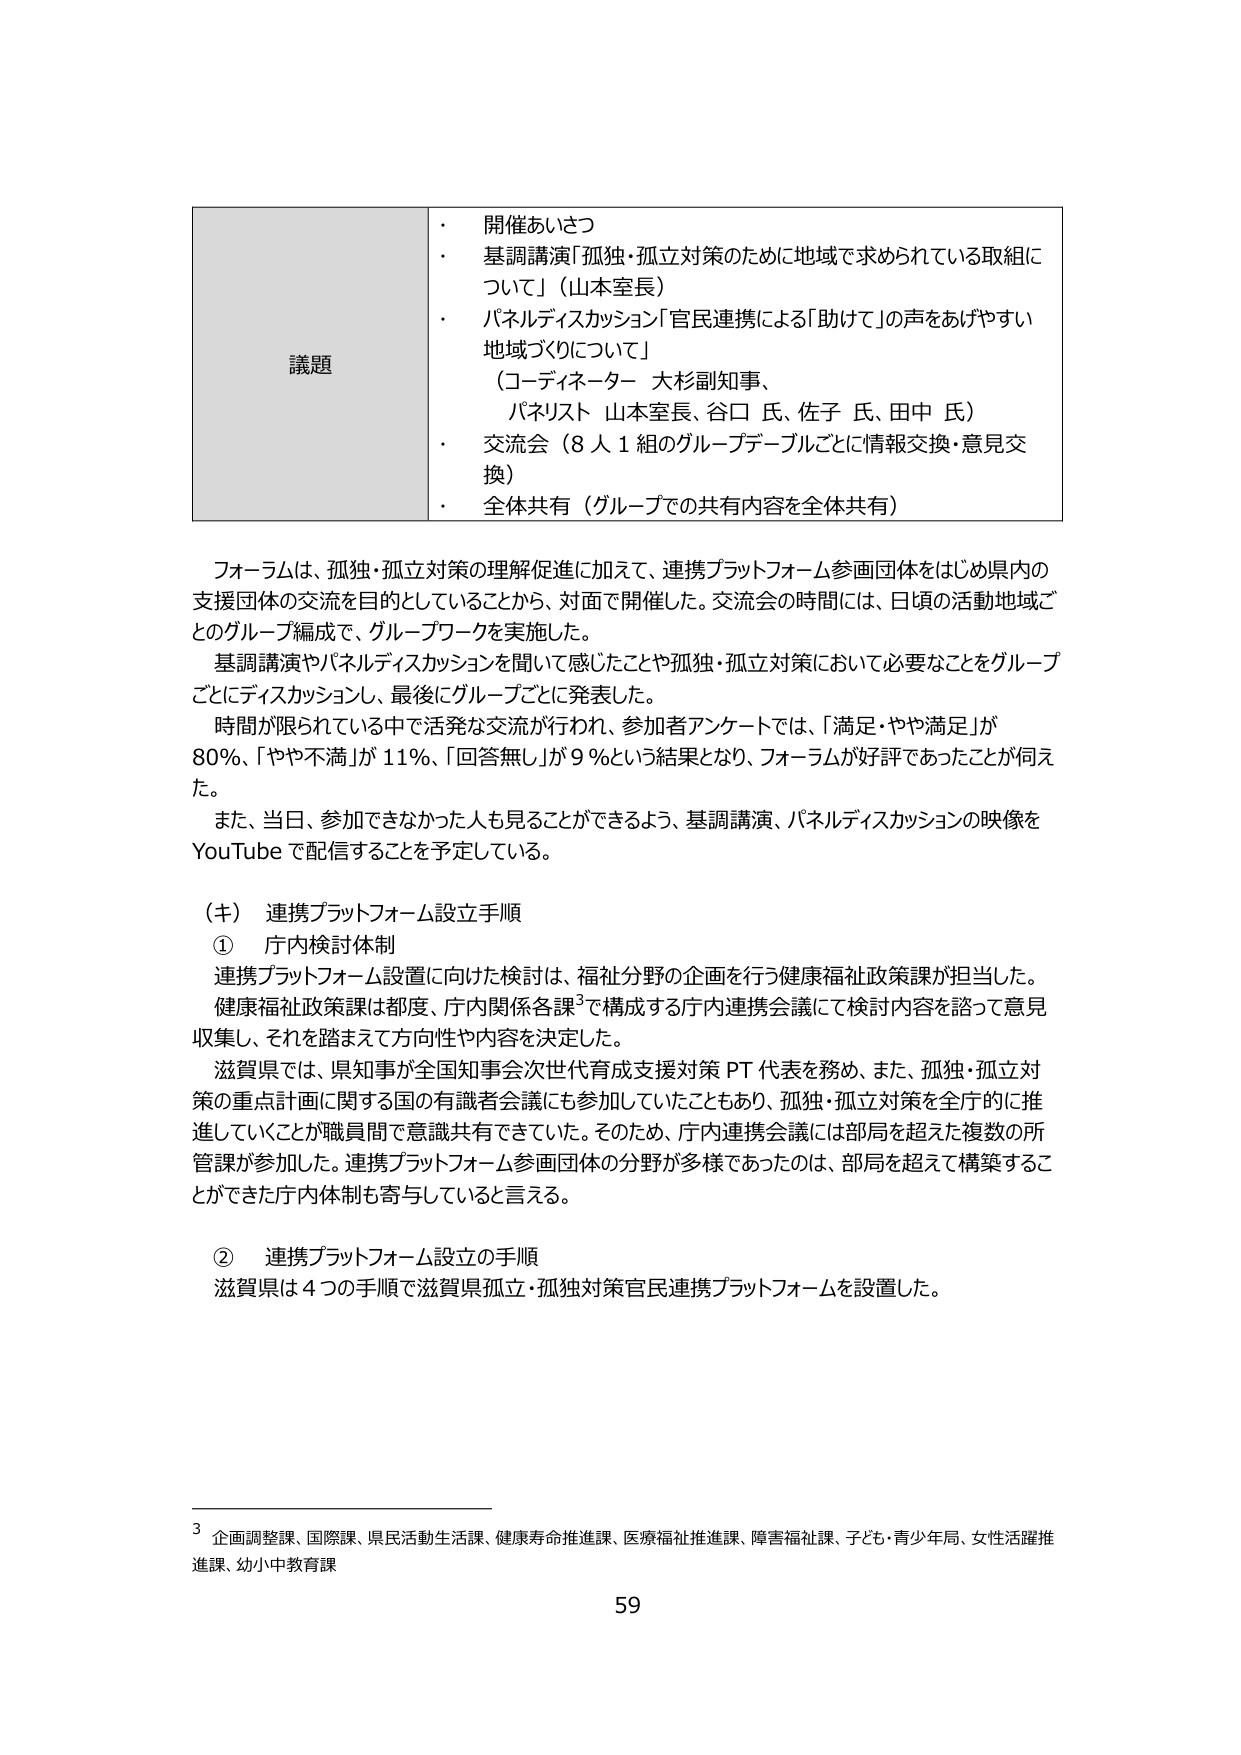
議題
・ 開催あいさつ
・ 基調講演「孤独・孤立対策のために地域で求められている取組について」（山本室長）
・ パネルディスカッション「官民連携による『助けて』の声をあげやすい地域づくりについて」
（コーディネーター 大杉副知事、
パネリスト 山本室長、谷口 氏、佐子 氏、田中 氏）
・ 交流会（8人1組のグループテーブルごとに情報交換・意見交換）
・ 全体共有（グループでの共有内容を全体共有）

フォーラムは、孤独・孤立対策の理解促進に加えて、連携プラットフォーム参画団体をはじめ県内の支援団体の交流を目的としていることから、対面で開催した。交流会の時間には、日頃の活動地域ごとのグループ編成で、グループワークを実施した。
基調講演やパネルディスカッションを聞いて感じたことや孤独・孤立対策において必要なことをグループごとにディスカッションし、最後にグループごとに発表した。
時間が限られている中で活発な交流が行われ、参加者アンケートでは、「満足・やや満足」が80％、「やや不満」が11％、「回答無し」が9％という結果となり、フォーラムが好評であったことが伺えた。
また、当日、参加できなかった人も見ることができるよう、基調講演、パネルディスカッションの映像をYouTubeで配信することを予定している。

（キ） 連携プラットフォーム設立手順
① 庁内検討体制
連携プラットフォーム設置に向けた検討は、福祉分野の企画を行う健康福祉政策課が担当した。
健康福祉政策課は都度、庁内関係各課³で構成する庁内連携会議にて検討内容を諮って意見収集し、それを踏まえて方向性や内容を決定した。
滋賀県では、県知事が全国知事会次世代育成支援対策PT代表を務め、また、孤独・孤立対策の重点計画に関する国の有識者会議にも参加していたこともあり、孤独・孤立対策を全庁的に推進していくことが職員間で意識共有できていた。そのため、庁内連携会議には部局を超えた複数の所管課が参加した。連携プラットフォーム参画団体の分野が多様であったのは、部局を超えて構築することができた庁内体制も寄与していると言える。

② 連携プラットフォーム設立の手順
滋賀県は4つの手順で滋賀県孤立・孤独対策官民連携プラットフォームを設置した。

³ 企画調整課、国際課、県民活動生活課、健康寿命推進課、医療福祉推進課、障害福祉課、子ども・青少年局、女性活躍推進課、幼小中教育課

59